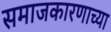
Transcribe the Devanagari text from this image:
समाजकारणाच्या